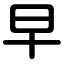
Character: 早